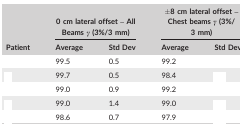
<table><thead><tr><td rowspan="2"><b>Patient</b></td><td colspan="2"><b>0 cm lateral offset – All Beams <i>γ</i> (3%/3 mm)</b></td><td colspan="2"><b>±8 cm lateral offset – Chest beams <i>γ</i> (3%/3 mm)</b></td></tr><tr><td><b>Average</b></td><td><b>Std Dev</b></td><td><b>Average</b></td><td><b>Std Dev</b></td></tr></thead><tbody><tr><td>[EMPTY_CELL]</td><td>99.5</td><td>0.5</td><td>99.2</td><td>[EMPTY_CELL]</td></tr><tr><td>[EMPTY_CELL]</td><td>99.7</td><td>0.5</td><td>98.4</td><td>[EMPTY_CELL]</td></tr><tr><td>[EMPTY_CELL]</td><td>99.0</td><td>0.9</td><td>99.2</td><td>[EMPTY_CELL]</td></tr><tr><td>[EMPTY_CELL]</td><td>99.0</td><td>1.4</td><td>99.0</td><td>[EMPTY_CELL]</td></tr><tr><td>[EMPTY_CELL]</td><td>98.6</td><td>0.7</td><td>97.9</td><td>[EMPTY_CELL]</td></tr></tbody></table>